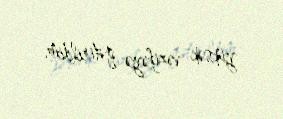
yüksək vəzifəyə gətirildim.